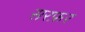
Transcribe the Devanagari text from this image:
सरफ़र